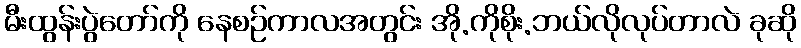
မီးထွန်းပွဲတော်ကို နေစဉ်ကာလအတွင်း အို.ကိုစိုး.ဘယ်လိုလုပ်တာလဲ ခုဆို